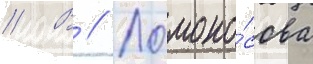
// В // Ломоно́сова